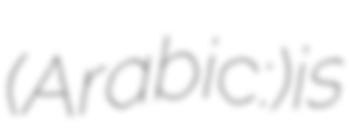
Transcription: (Arabic: أم الأحرار) is